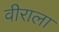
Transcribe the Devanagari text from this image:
वीराला